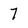
Character: 7